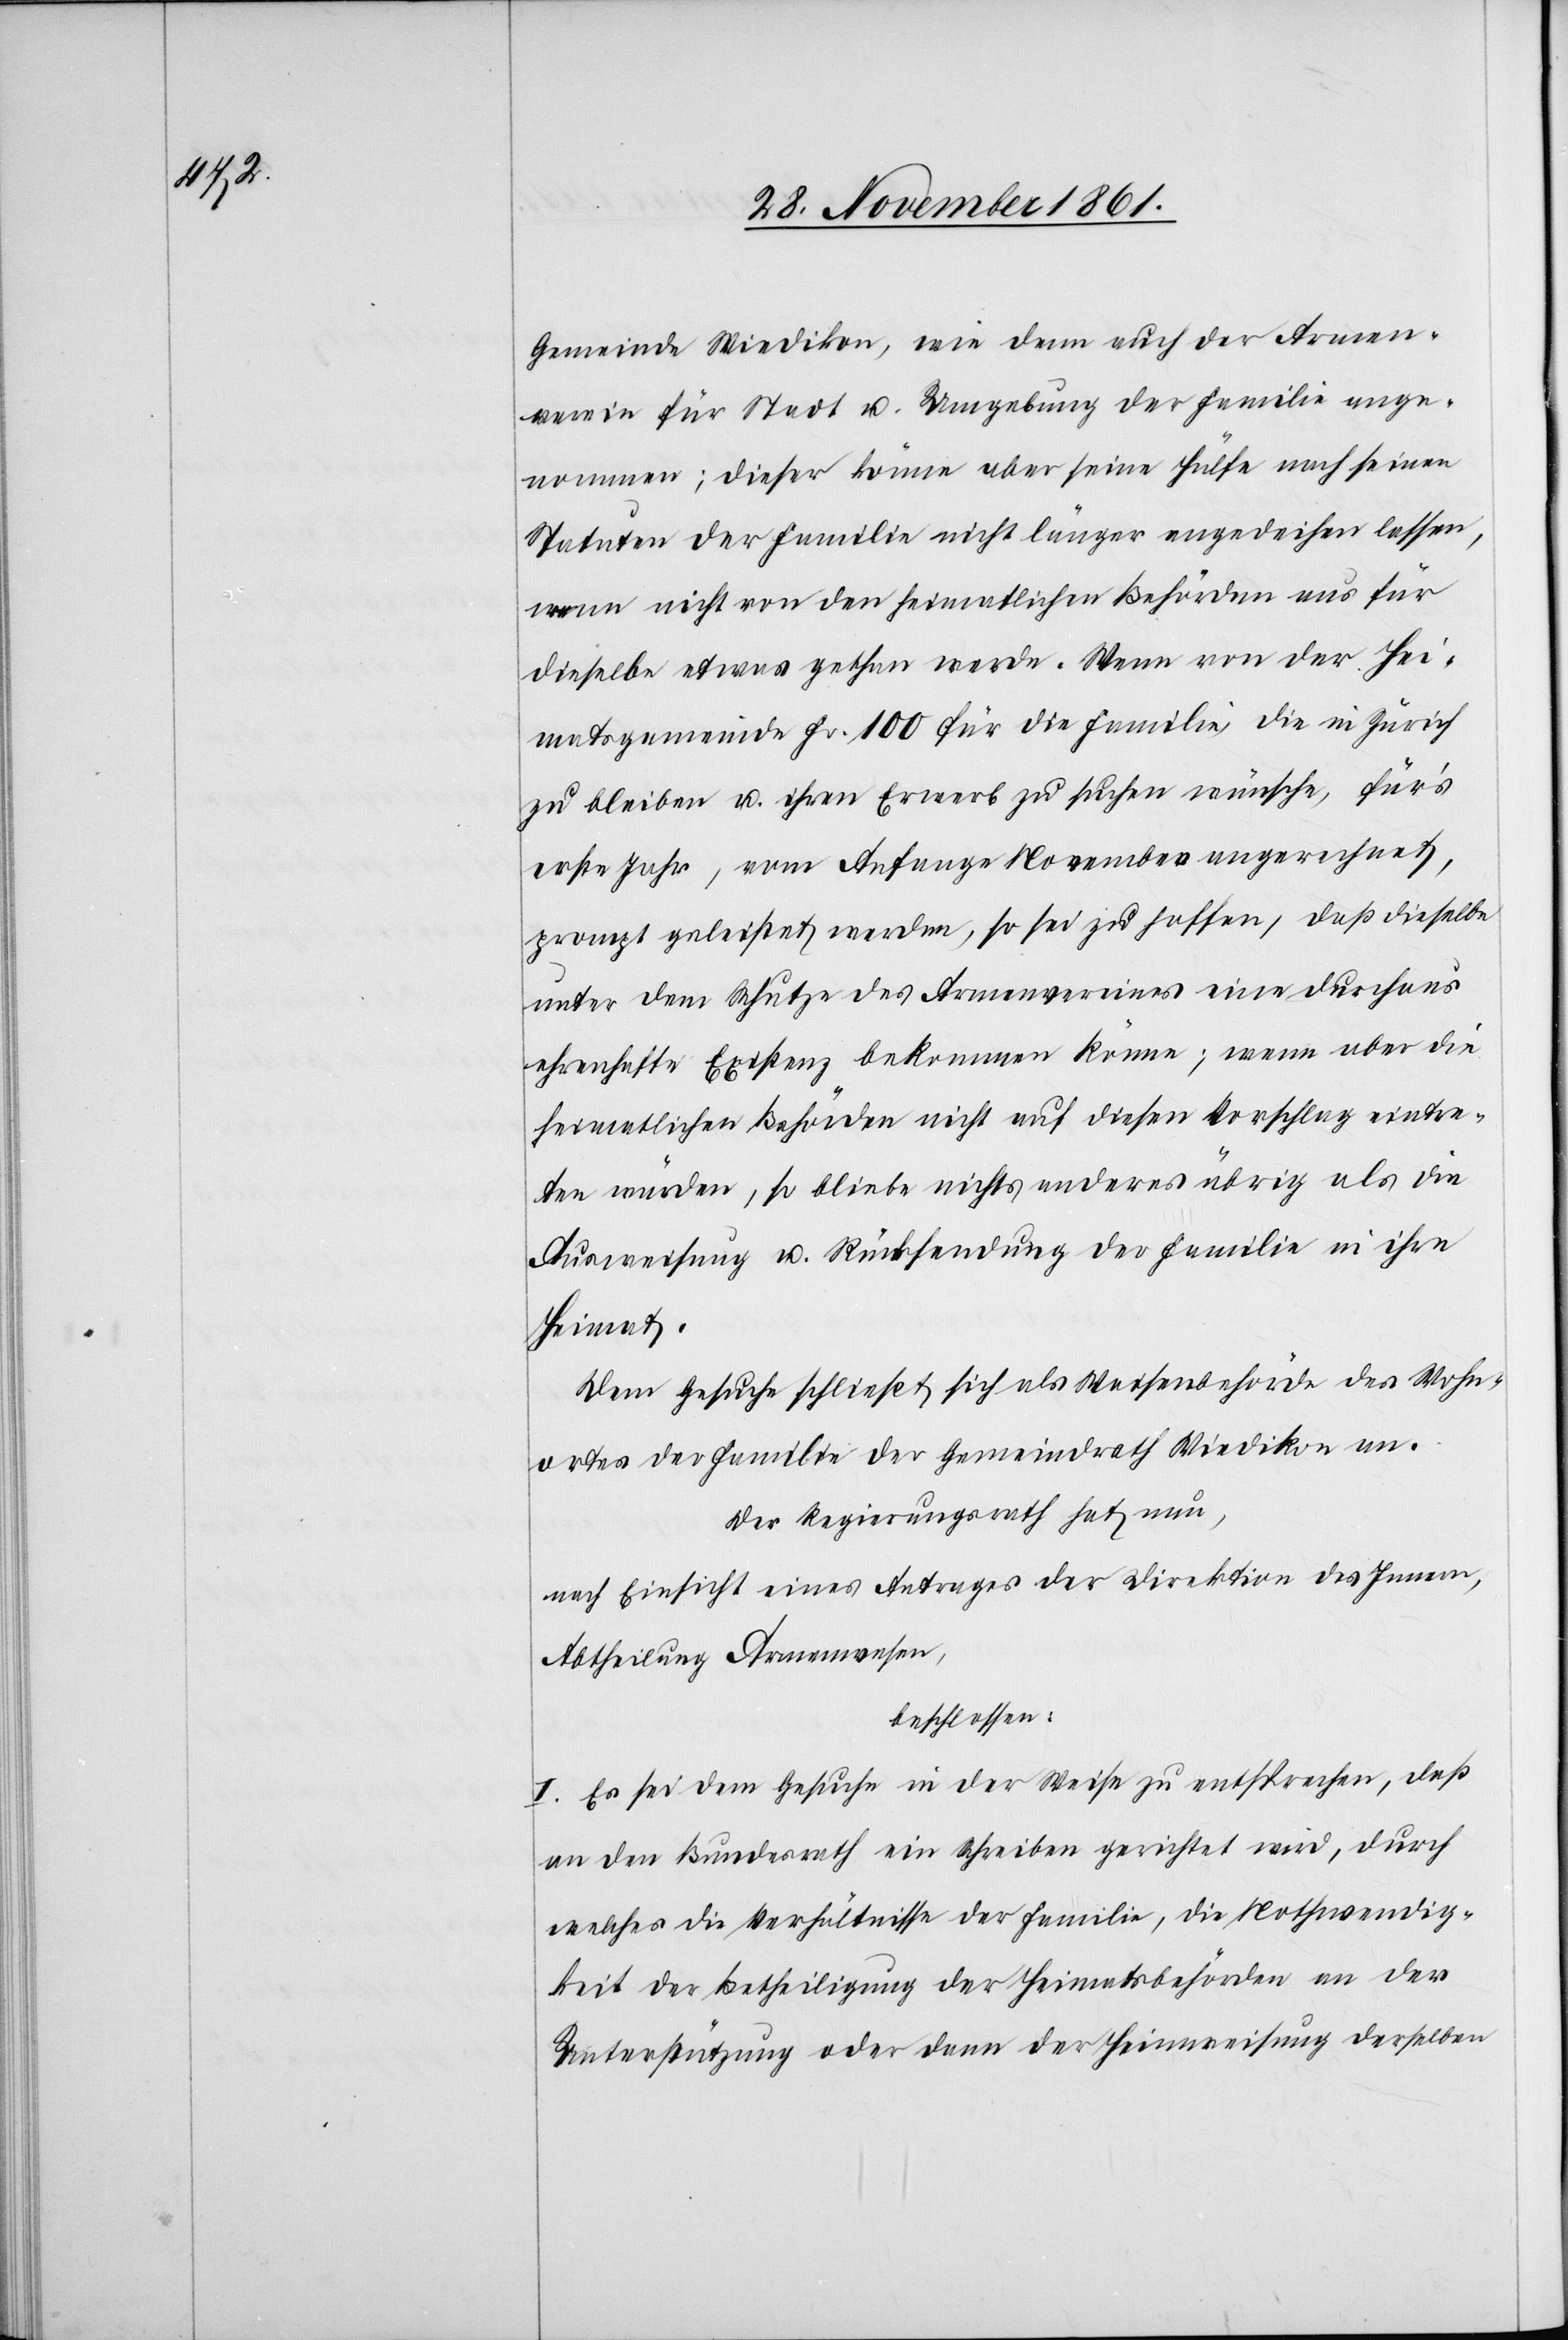
Gemeinde Wiedikon, wie denn auch der Armen¬
verein für Stadt u. Umgebung der Familie ange¬
nommen; dieser könne aber seine Hülfe nach seinen
Statuten der Familie nicht länger angedeihen lassen,
wenn nicht von den heimatlichen Behörden aus für
dieselbe etwas gethan werde. Wenn von der Hei¬
matsgemeinde Fr. 100 für die Familie, die in Zürich
zu bleiben u. ihren Erwerb zu suchen wünsche, für’s
erste Jahr, vom Anfange November angerechnet,
prompt geleistet werden, so sei zu hoffen, daß dieselbe
unter dem Schutze des Armenvereines eine durchaus
ehrenhafte Existenz bekommen könne; wenn aber die
heimatlichen Behörden nicht auf diesen Vorschlag eintre¬
ten würden, so bliebe nichts anderes übrig als die
Ausweisung u. Rücksendung der Familie in ihre
Heimat.
Dem Gesuche schließt sich als Waisenbehörde des Wohn¬
ortes der Familie der Gemeindrath Wiedikon an.
Der Regierungsrath hat nun,
nach Einsicht eines Antrages der Direktion des Innern,
Abtheilung Armenwesen,
beschlossen:
I. Es sei dem Gesuche in der Weise zu entsprechen, daß
an den Bundesrath ein Schreiben gerichtet wird, durch
welches die Verhältnisse der Familie, die Nothwendig¬
keit der Betheiligung der Heimatsbehörden an der
Unterstützung oder dann der Heimweisung derselben